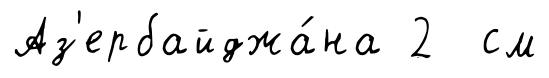
Аз'ербайджа́на 2 см